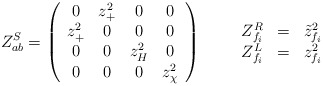
\begin{align*}Z^S_{ab} = \left(\begin{array}{cccc} 0 & z_+^2 & 0 & 0 \\ z_+^2 & 0 & 0 & 0 \\ 0& 0& z_H^2 & 0 \\ 0 & 0 & 0 & z^2_\chi \end{array} \right)\qquad\begin{array} {ccc}Z^R _{f_i} & = &\tilde z_{f_i}^2 \\Z^L _{f_i} & = & z_{f_i}^2\end{array}\end{align*}